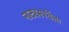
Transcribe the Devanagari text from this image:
नाट्यस्पर्धेला